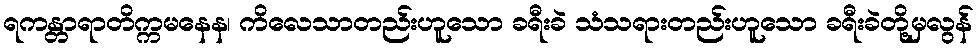
ရကန္တာရာတိက္ကမနေန၊ ကိလေသာတည်းဟူသော ခရီးခဲ သံသရားတည်းဟူသော ခရီးခဲတို့မှလွန်